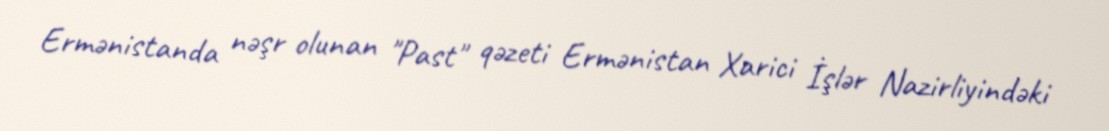
Ermənistanda nəşr olunan "Past" qəzeti Ermənistan Xarici İşlər Nazirliyindəki